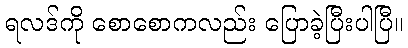
ရလဒ်ကို စောစောကလည်း ပြောခဲ့ပြီးပါပြီ။